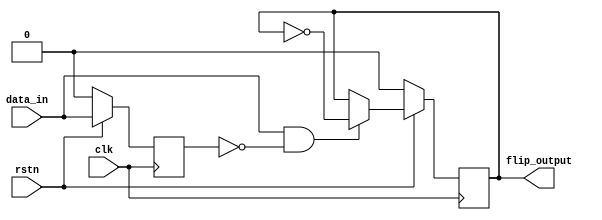
// Xianjun jiao. putaoshu@msn.com; xianjun.jiao@imec.be;

module edge_to_flip
#(
    parameter TEMP0 = 16,
    parameter TEMP1 = 5
)
(
    input clk,
    input rstn,

    input data_in,
    output reg flip_output
);

reg data_in_reg;
always @(posedge clk) begin
    if (~rstn) begin
        data_in_reg <= 0;
        flip_output <= 0;
    end else begin
        data_in_reg <= data_in;
        flip_output <= ((data_in==1 && data_in_reg==0)?(~flip_output):flip_output);
    end
end

endmodule